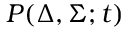
P ( \Delta , \Sigma ; t )